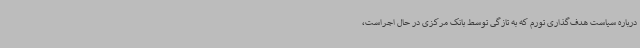
درباره سیاست هدف‌گذاری تورم که به تازگی توسط بانک مرکزی در حال اجراست،